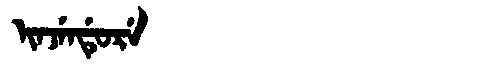
Manchu: ᡳᠨᠵᡝᠨᡩᡠᡵᡝ
Romanization: INJENDURE